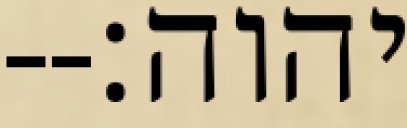
יהוה׃--